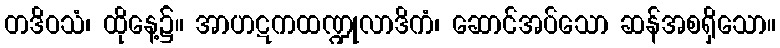
တဒိဝသံ၊ ထိုနေ့၌။ အာဟဋကထဏ္ဍုလာဒိကံ၊ ဆောင်အပ်သော ဆန်အစရှိသော။